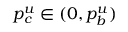
p _ { c } ^ { u } \in ( 0 , p _ { b } ^ { u } )